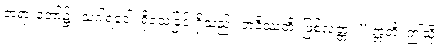
တရားတော်၌။ သဂါရဝေါ၊ ရိုသေခြင်းရှိသည်။ ဘဝိဿတိ၊ ဖြစ်လတ္တံ့။” ဣတိ၊ ဤသို့။